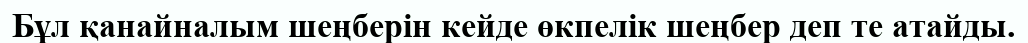
Бұл қанайналым шеңберін кейде өкпелік шеңбер деп те атайды.